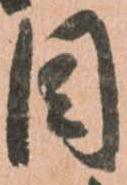
目